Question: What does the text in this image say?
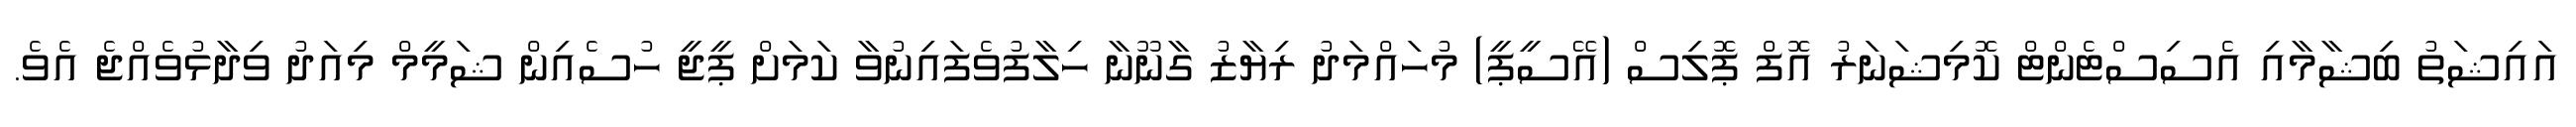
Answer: އައިޝަތު ބިޝާމާއި އެސިސްޓެންޓް ކޮމިޝަނަރު އޮފް ޕޮލިސް (އޭސީޕީ) މުހައްމަދު ރިޔާޒު ގާނޫނާ ހިލާފުވެފައިނުވާ ކަމަށް ޕީޖީ ހުސެއިން ޝަމީމް މިއަދު ވިދާޅުވެއްޖެ އެވެ.